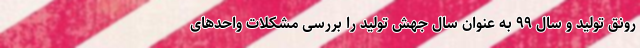
رونق تولید و سال ۹۹ به عنوان سال جهش تولید را بررسی مشکلات واحدهای